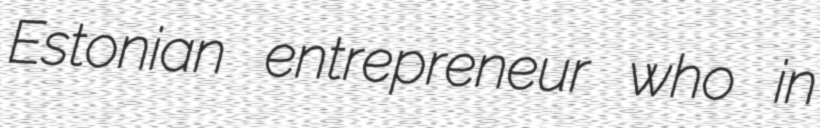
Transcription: Estonian entrepreneur who in